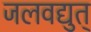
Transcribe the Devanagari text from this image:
जलवद्युत्‌